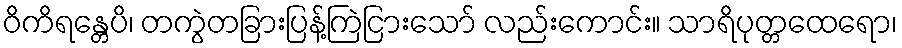
ဝိကိရန္တေပိ၊ တကွဲတခြားပြန့်ကြဲငြားသော် လည်းကောင်း။ သာရိပုတ္တထေရော၊